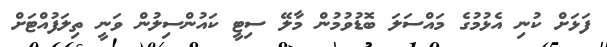
ފަޅަށް ކުނި އެޅުމުގެ މައްސަލަ ބޮޑުވުމުން މާލޭ ސިޓީ ކައުންސިލުން ވަނީ ތިލަފުއްޓަށް